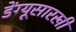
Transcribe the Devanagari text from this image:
डेंग्यूसारखी